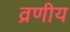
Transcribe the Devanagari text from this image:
व्रणीय